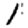
Digit: 1